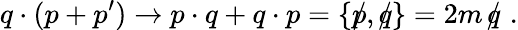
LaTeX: q\cdot(p+p^{\prime})\to p\cdot q+q\cdot p=\{ p\! \! \! /,q\! \! \! /\} =2m\, q\! \! \! /\, \, .